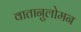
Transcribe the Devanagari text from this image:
वातानुलोमन